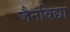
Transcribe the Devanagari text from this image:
जैनविद्या